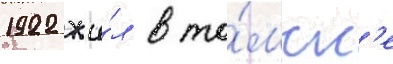
1922 жи́л в то́мск'е